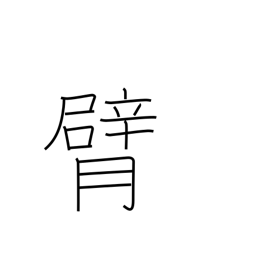
Meaning: elbow